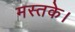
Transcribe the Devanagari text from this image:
मस्तके।